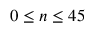
0 \leq n \leq 4 5